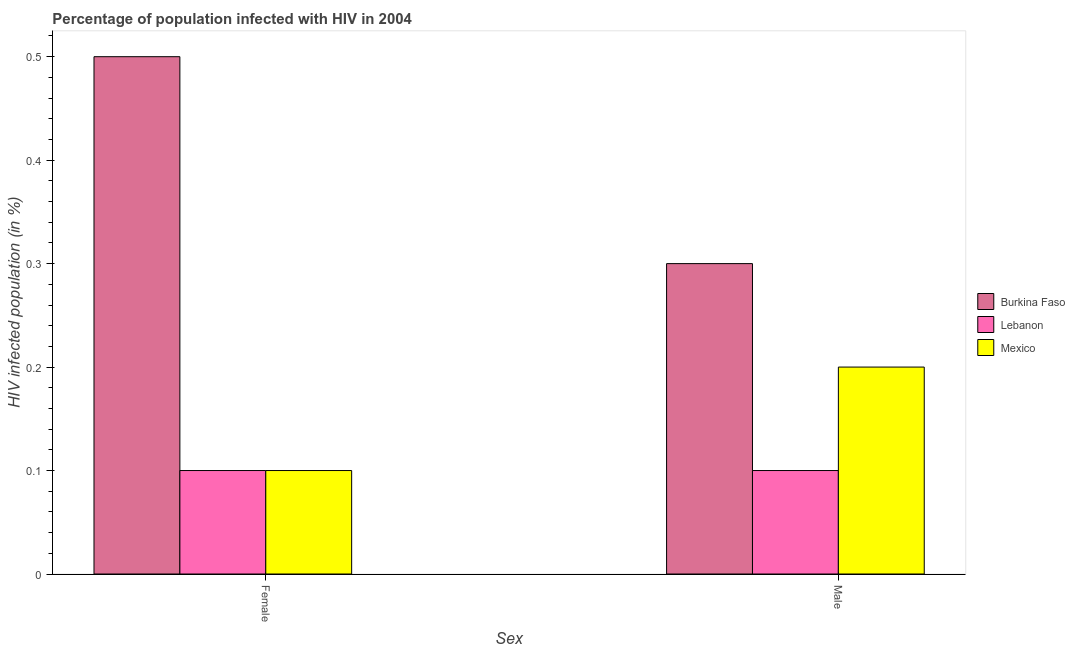
| Sex | Burkina Faso | Lebanon | Mexico |
 | --- | --- | --- | --- |
 | Female | 0.5 | 0.1 | 0.1 |
 | Male | 0.3 | 0.1 | 0.2 |